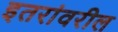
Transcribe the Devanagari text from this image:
इतरांवरील